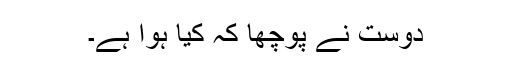
دوست نے پوچھا کہ کیا ہوا ہے۔